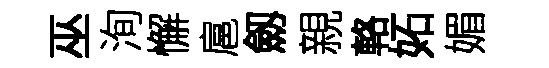
巫洵懈扈劔親輅妬媚